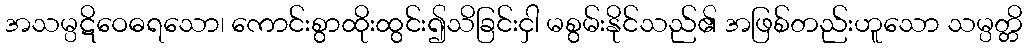
အသမ္ပဋိဝေဓရသော၊ ကောင်းစွာထိုးထွင်း၍သိခြင်းငှါ မစွမ်းနိုင်သည်၏ အဖြစ်တည်းဟူသော သမ္ပတ္တိ